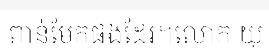
ពាន់មែកផងដែរ។លោក យូ